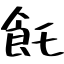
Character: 飥